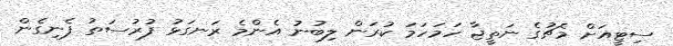
ސިޓީއަށް މެޗުގެ ނަތީޖާ ހަމަހަމަ ކުރަން ލިބުނު އެންމެ ރަނގަޅު ފުރުސަތު ފެނިގެން